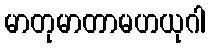
မာတုမာတာမဟယုဂါ